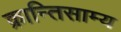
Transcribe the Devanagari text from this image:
क्रान्तिसाम्य